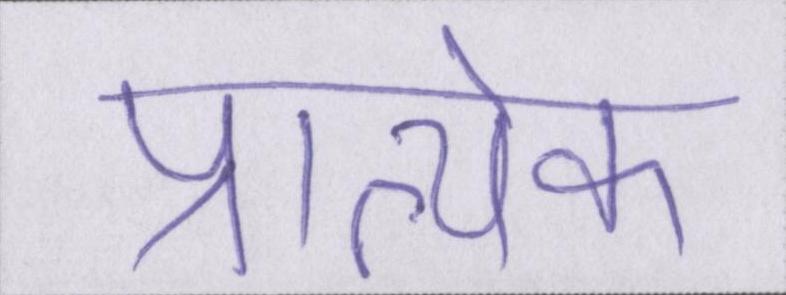
प्रात्येक